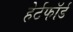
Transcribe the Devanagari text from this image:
हेर्टफाॅर्ड